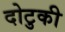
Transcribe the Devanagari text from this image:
दोटुकी